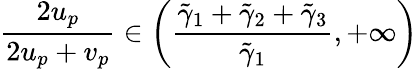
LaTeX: \frac{2u_{p}}{2u_{p}+v_{p}}\in\left(\frac{\tilde{\gamma}_{1}+\tilde{\gamma}_{2}+\tilde{\gamma}_{3}}{\tilde{\gamma}_{1}},+\infty\right)